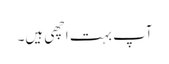
آپ بہت اچھی ہیں۔